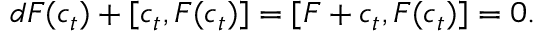
d { \cal F } ( c _ { t } ) + [ c _ { t } , { \cal F } ( c _ { t } ) ] = [ F + c _ { t } , { \cal F } ( c _ { t } ) ] = 0 .